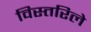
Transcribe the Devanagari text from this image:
विस्तरिले